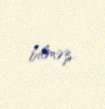
bilməz.